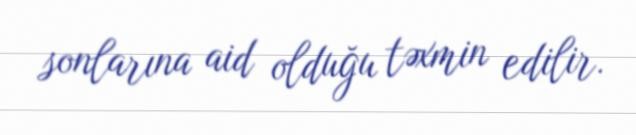
sonlarına aid olduğu təxmin edilir.